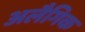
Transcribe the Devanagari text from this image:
अलैगिक